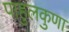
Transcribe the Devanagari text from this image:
पाहुलकुणा